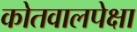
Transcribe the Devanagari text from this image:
कोतवालपेक्षा